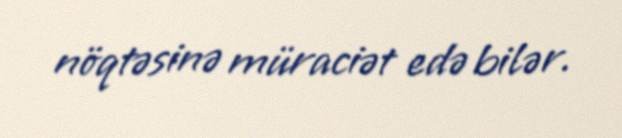
nöqtəsinə müraciət edə bilər.